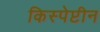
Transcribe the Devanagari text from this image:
किस्पेप्टीन